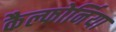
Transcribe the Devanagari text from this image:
कैल्फोर्निया